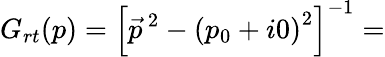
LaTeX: G_{rt}(p)={\left[{\vec{p}}^{\, 2}-{(p_{0}+i0)}^{2}\right]}^{-1}=